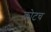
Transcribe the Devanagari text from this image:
कोटच